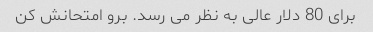
برای 80 دلار عالی به نظر می رسد. برو امتحانش کن